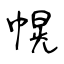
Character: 幌